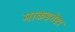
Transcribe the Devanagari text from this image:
माकडचेष्टा